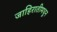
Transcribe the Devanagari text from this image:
जाहिरातीमधून